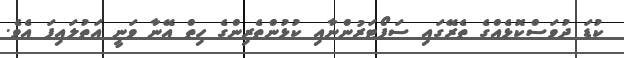
ކުޑަ ދުވަސްކޮޅެއްގެ ތެރޭގައި ސަޕޯޓަރުންނާއި ކުޅުންތެރިންގެ ހިތް އޭނާ ވަނީ އަތުލައިފަ އެވެ.